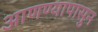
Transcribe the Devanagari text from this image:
आणण्यापासुन